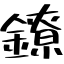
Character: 鐐